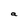
Character: a